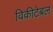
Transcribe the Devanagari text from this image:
विकीटेबल